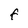
Character: F